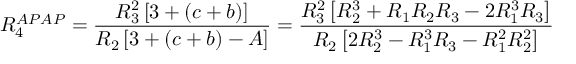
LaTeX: R _ { 4 } ^ { A P A P } = \frac { R _ { 3 } ^ { 2 } \left[ 3 + ( c + b ) \right] } { R _ { 2 } \left[ 3 + ( c + b ) - A \right] } = \frac { R _ { 3 } ^ { 2 } \left[ R _ { 2 } ^ { 3 } + R _ { 1 } R _ { 2 } R _ { 3 } - 2 R _ { 1 } ^ { 3 } R _ { 3 } \right] } { R _ { 2 } \left[ 2 R _ { 2 } ^ { 3 } - R _ { 1 } ^ { 3 } R _ { 3 } - R _ { 1 } ^ { 2 } R _ { 2 } ^ { 2 } \right] }